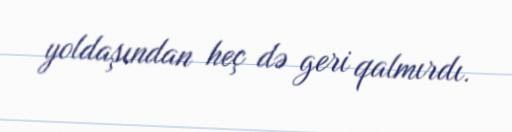
yoldaşından heç də geri qalmırdı.